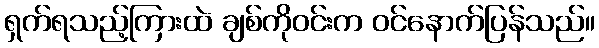
ရှက်ရသည့်ကြားထဲ ချစ်ကိုဝင်းက ဝင်နောက်ပြန်သည်။